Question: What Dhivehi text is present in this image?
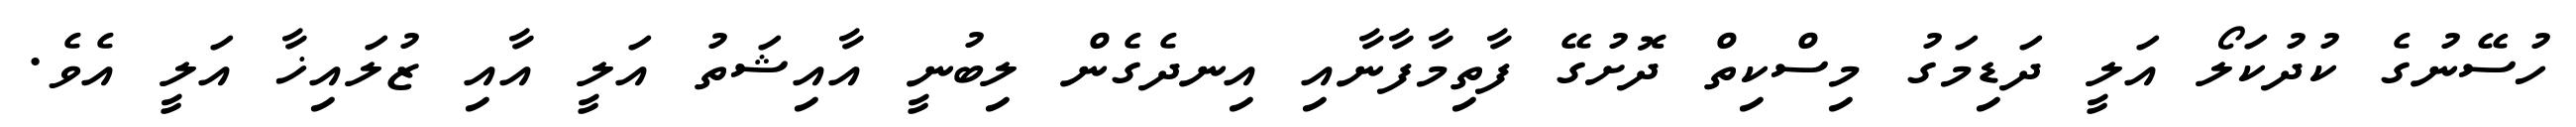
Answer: ހުސޭނުގެ ކުދުކަލޯ އަލީ ދަޑިމަގު މިސްކިތް ދޮށުގޭ ފާތިމާފާނާއި އިނދެގެން ލިބުނީ އާއިޝަތު އަލީ އާއި ޒުލައިޚާ އަލީ އެވެ.